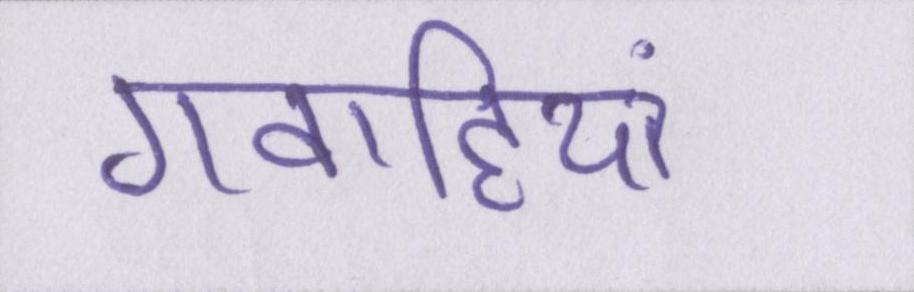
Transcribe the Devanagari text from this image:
गवाहियां